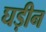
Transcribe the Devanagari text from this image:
घड़ीन